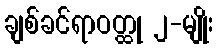
ချစ်ခင်ရာဝတ္ထု ၂-မျိုး